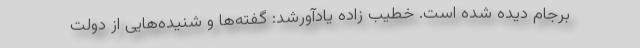
برجام دیده شده است. خطیب زاده یادآورشد: گفته‌ها و شنیده‌هایی از دولت